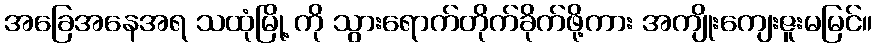
အခြေအနေအရ သထုံမြို့ ကို သွားရောက်တိုက်ခိုက်ဖို့ကား အကျိုးကျေးဇူးမမြင်။